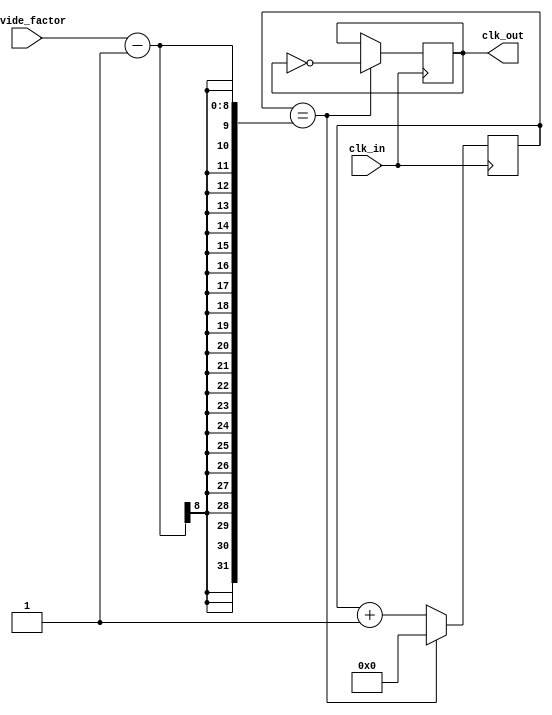
module clock_divider (
    input wire clk_in,
    input wire [7:0] divide_factor,
    output wire clk_out
);

reg [7:0] count;

always @(posedge clk_in) begin
    if (count == divide_factor - 1) begin
        count <= 0;
        clk_out <= ~clk_out;
    end else begin
        count <= count + 1;
    end
end

endmodule